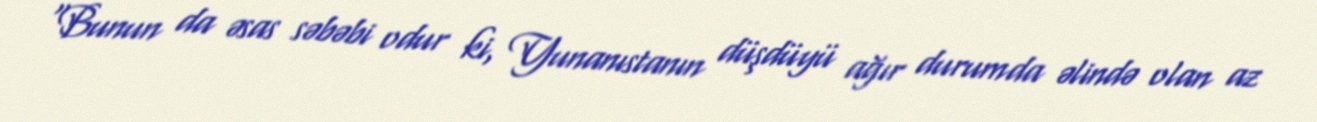
“Bunun da əsas səbəbi odur ki, Yunanıstanın düşdüyü ağır durumda əlində olan az